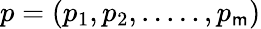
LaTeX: p=(p_{1},p_{2},.....,p_{\mathsf{m}})